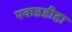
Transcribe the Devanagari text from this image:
पकडडीहा